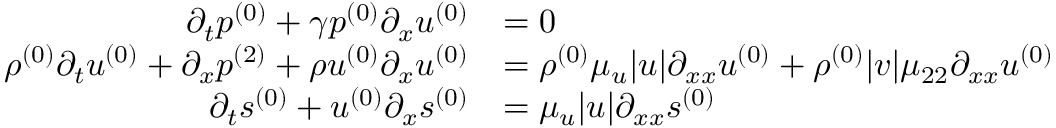
\begin{array} { r l } { \partial _ { t } \ensuremath { p ^ { ( 0 ) } } + \gamma \ensuremath { p ^ { ( 0 ) } } \partial _ { x } \ensuremath { u ^ { ( 0 ) } } } & { = 0 } \\ { \ensuremath { \rho ^ { ( 0 ) } } \partial _ { t } \ensuremath { u ^ { ( 0 ) } } + \partial _ { x } \ensuremath { p ^ { ( 2 ) } } + \ensuremath { \rho u ^ { ( 0 ) } } \partial _ { x } \ensuremath { u ^ { ( 0 ) } } } & { = \ensuremath { \rho ^ { ( 0 ) } } \mu _ { u } | u | \partial _ { x x } \ensuremath { u ^ { ( 0 ) } } + \ensuremath { \rho ^ { ( 0 ) } } | v | \mu _ { 2 2 } \partial _ { x x } \ensuremath { u ^ { ( 0 ) } } } \\ { \partial _ { t } \ensuremath { s ^ { ( 0 ) } } + \ensuremath { u ^ { ( 0 ) } } \partial _ { x } \ensuremath { s ^ { ( 0 ) } } } & { = \mu _ { u } | u | \partial _ { x x } \ensuremath { s ^ { ( 0 ) } } } \end{array}